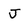
Character: J